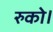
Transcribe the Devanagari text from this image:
रुको।